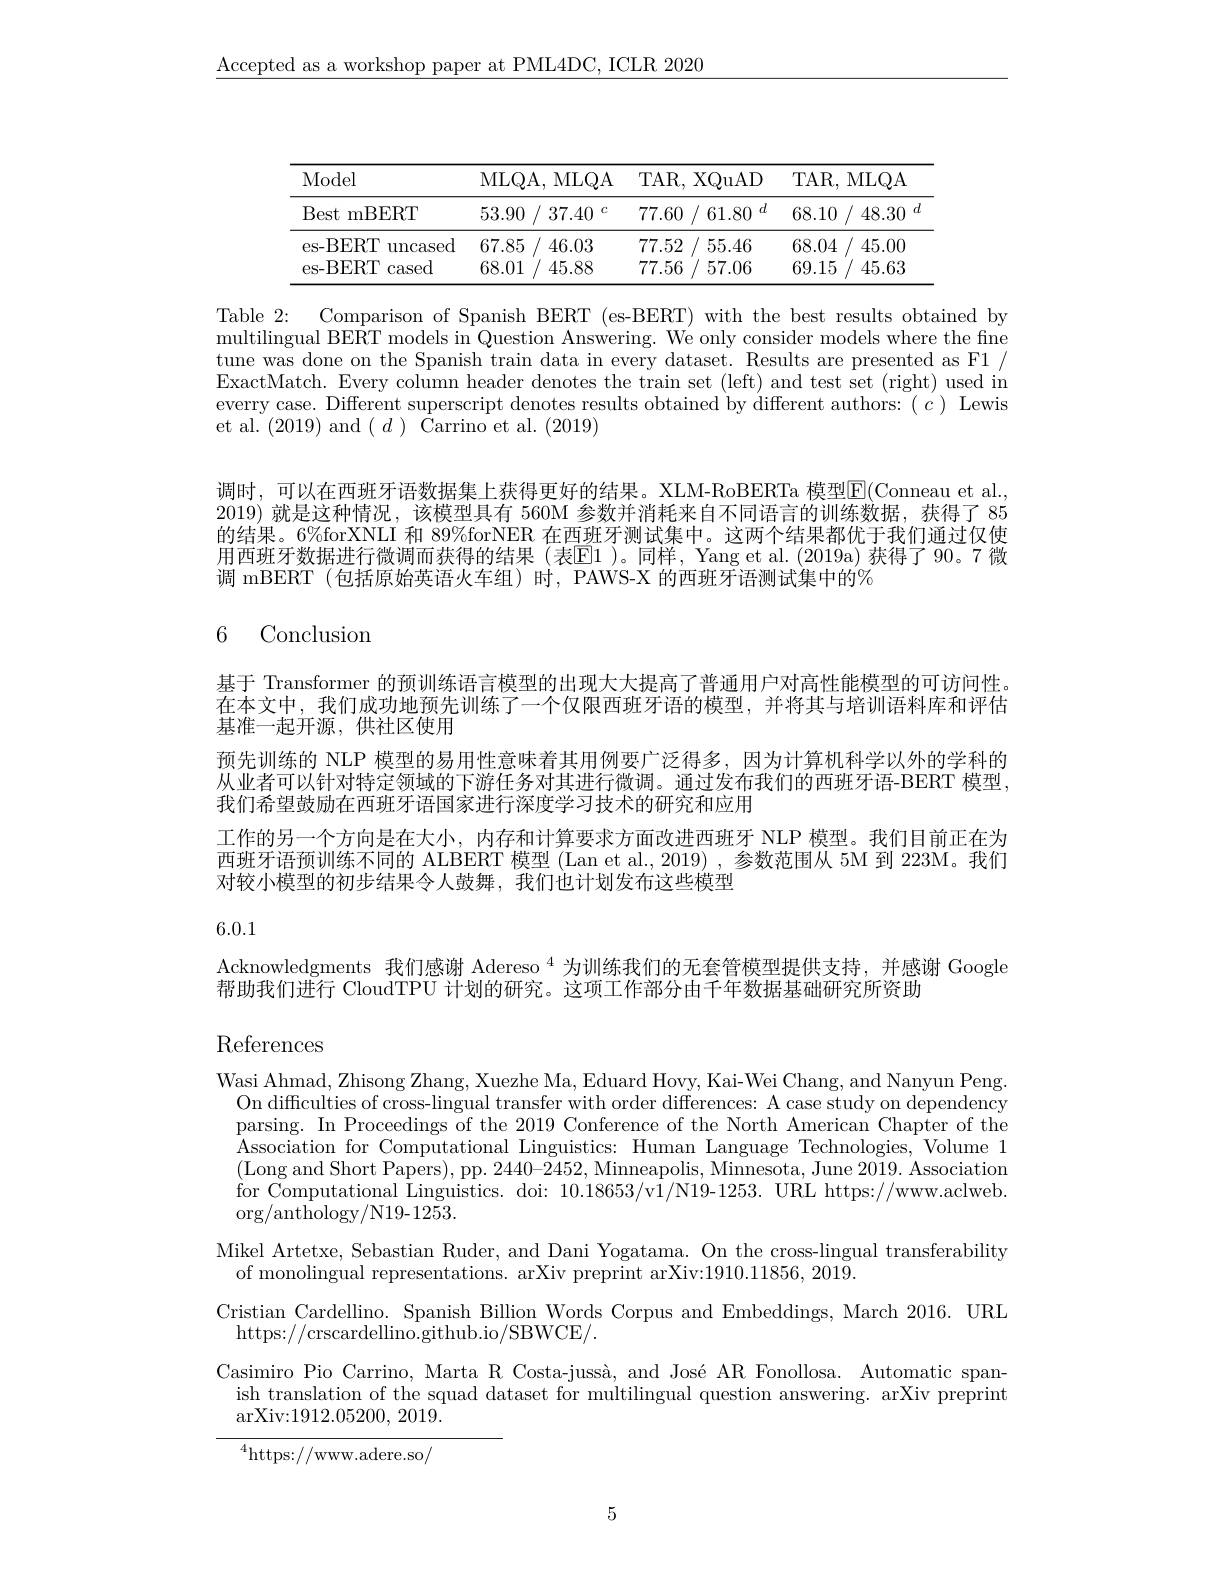
$\underline{\text{Accepted as a workshop paper at PML4DC, ICLR 2020}}$

<table>
	<tbody>
		<tr>
			<th rowspan="2">Model Best mBERT</th>
			<th>MLQA, </th>
			<th>MLQA </th>
			<th>TAR,</th>
			<th>XQuAD</th>
			<th>TAR, MLQA</th>
		</tr>
		<tr>
			<th>53.90 ) / 3</th>
			<th>37.40 C</th>
			<th>77.60</th>
			<th>61.80 $I_{1}($ 1 $a$ 11</th>
			<th>68.10 1/. 48.30</th>
		</tr>
		<tr>
			<td>es- BERT $\operatorname{uncased}$</td>
			<td>67.85 4</td>
			<td>46.03</td>
			<td>77.52</td>
			<td>55.46</td>
			<td>68.04 45.00</td>
		</tr>
		<tr>
			<td>es- BERT cased</td>
			<td>68.01 4</td>
			<td>45.88</td>
			<td>77.56</td>
			<td>57.06</td>
			<td>69.15 45.63</td>
		</tr>
	</tbody>
</table>

Table 2: Comparison of Spanish BERT (es-BERT) with the best results obtained by multilingual BERT models in Question Answering. We only consider models where the fine tune was done on the Spanish train data in every dataset. Results are presented as F1/ ExactMatch. Every column header denotes the train set (left) and test set (right) used in everry case. Different superscript denotes results obtained by different authors: $(c)$ Lewis et al. (2019) and $(d)$ Carrino et al.(2019)

调时，可以在西班牙语数据集上获得更好的结果。XLM-RoBERTa 模型$\boxed{\mathrm{F}}($Conneau et al. 2019) 就是这种情况，该模型具有 560M 参数并消耗来自不同语言的训练数据，获得了 85的结果。6%forXNLI 和 89%forNER 在西班牙测试集中。这两个结果都优于我们通过仅使用西班牙数据进行微调而获得的结果(表$\overline{\text{E}1}$)。同样，Yang et al.(2019a) 获得了 90。7 微调 mBERT (包括原始英语火车组)时，PAWS-X 的西班牙语测试集中的%

## 6 Conclusion

基于 Transformer 的预训练语言模型的出现大大提高了普通用户对高性能模型的可访问性。在本文中，我们成功地预先训练了一个仅限西班牙语的模型，并将其与培训语料库和评估基准一起开源，供社区使用
预先训练的 NLP 模型的易用性意味着其用例要广泛得多，因为计算机科学以外的学科的从业者可以针对特定领域的下游任务对其进行微调。通过发布我们的西班牙语-BERT 模型， 我们希望鼓励在西班牙语国家进行深度学习技术的研究和应用
工作的另一个方向是在大小，内存和计算要求方面改进西班牙 NLP 模型。我们目前正在为西班牙语预训练不同的 ALBERT 模型 (Lan et al., 2019) , 参数范围从 5M 到 223M。我们对较小模型的初步结果令人鼓舞，我们也计划发布这些模型

6.0.1

Acknowledgments 我们感谢 Adereso $^{4}$为训练我们的无套管模型提供支持，并感谢 Google
帮助我们进行 CloudTPU 计划的研究。这项工作部分由千年数据基础研究所资助

References

Wasi Ahmad, Zhisong Zhang, Xuezhe Ma, Eduard Hovy, Kai-Wei Chang, and Nanyun Peng.
On difficulties of cross-lingual transfer with order differences: A case study on dependency parsing. In Proceedings of the 2019 Conference of the North American Chapter of the Association for Computational Linguistics: Human Language Technologies, Volume 1 (Long and Short Papers), pp. 2440-2452, Minneapolis, Minnesota, June 2019. Association for Computational Linguistics. doi: 10.18653/v$\bar{1}/$N19-1253. URL https://www.aclweb $\operatorname{org}/\tilde{\text{anthology}}/$N19-1253.
Mikel Artetxe, Sebastian Ruder, and Dani Yogatama. On the cross-lingual transferability
of monolingual representations. arXiv preprint arXiv:1910.11856, 2019.
Cristian Cardellino. Spanish Billion Words Corpus and Embeddings, March 2016. URL
https://crscardellino.github.io/SBWCE/.
Casimiro Pio Carrino, Marta R Costa-jussà, and José AR Fonollosa. Automatic span-
ish translation of the squad dataset for multilingual question answering. arXiv preprint
arXiv:1912.05200,2019. $^{4}$https://www.adere.so/

5